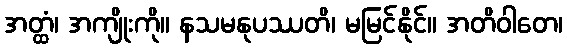
အတ္ထံ၊ အကျိုးကို။ နသမနုပဿတိ၊ မမြင်နိုင်။ အတိဝါတေ၊